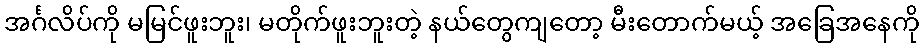
အင်္ဂလိပ်ကို မမြင်ဖူးဘူး၊ မတိုက်ဖူးဘူးတဲ့ နယ်တွေကျတော့ မီးတောက်မယ့် အခြေအနေကို